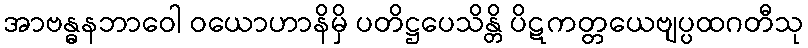
အာဗန္ဓနဘာဝေါ ဝယောဟာနိမှိ ပတိဋ္ဌပေသိန္တိ ပိဋကတ္တယေဗျပ္ပထဂတီသု